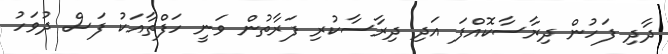
ދާދި ފަހުން ދިރާސާކޮއްފަ އަދި ދިރާސާކުރި ފަރާތުން ވަނީ ހަފްތާއަކު ފަސް ދުވަހު